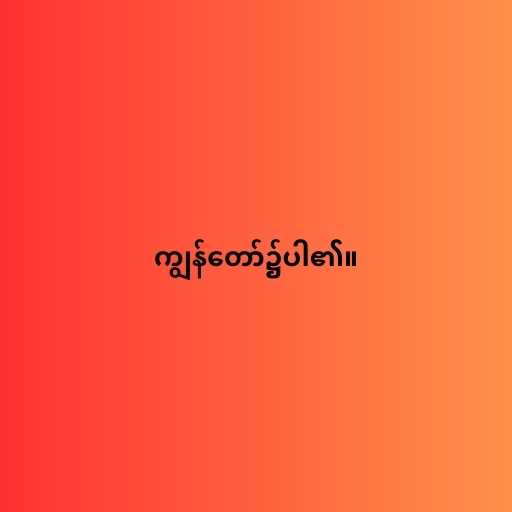
ကျွန်တော်၌ပါ၏။